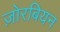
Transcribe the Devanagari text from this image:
ज़ोरबियन